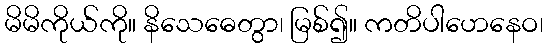
မိမိကိုယ်ကို။ နိသေဓေတွာ၊ မြစ်၍။ ကတိပါဟေနေဝ၊